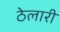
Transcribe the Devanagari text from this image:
ठेलारी